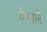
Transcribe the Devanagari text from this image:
येणारें